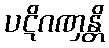
ပဋိဂဏှန္တိ